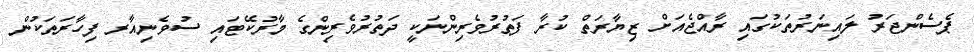
ޕެސެންޖަރު ލައިނަރުތަކުގައި ރާއްޖެއަށް ޒިޔާރަތް ކުރާ ފަތުރުވެރިންނަކީ ދަތުރުވެރިންގެ މާރުކޭޓައި ސުުވެނިއާރ ފިހާރަތަކުން